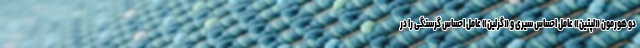
دو هورمون «لپتین» عامل احساس سیری و «گرلین» عامل احساس گرسنگی را در